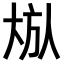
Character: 𪥏